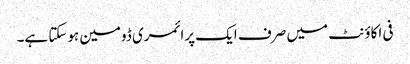
فی اکاؤنٹ میں صرف ایک پرائمری ڈومین ہوسکتا ہے۔